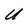
Character: U